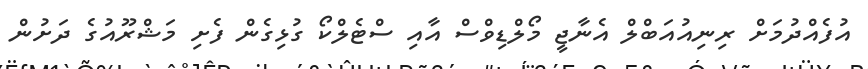
އުފެއްދުމަށް ރިނިއުއަބްލް އެނާޖީ މޯލްޑިވްސް އާއި ސްޓެލްކޯ ގުޅިގެން ފެށި މަޝްރޫއުގެ ދަށުން